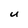
Character: U